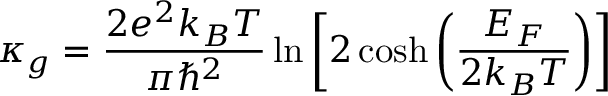
\kappa _ { g } = \frac { 2 e ^ { 2 } k _ { B } T } { \pi \hbar ^ { 2 } } \ln \left[ 2 \cosh \left( \frac { E _ { F } } { 2 k _ { B } T } \right) \right]